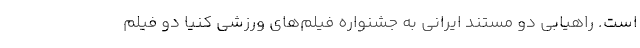
است. راهیابی دو مستند ایرانی به جشنواره فیلم‌های ورزشی کنیا دو فیلم